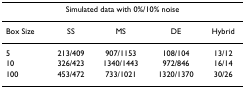
| <COLSPAN=5> Simulated data with 0%/10% noise |
 | --- | --- | --- | --- | --- |
 | Box Size | SS | MS | DE | Hybrid |
 | 5 | 213/409 | 907/1153 | 108/104 | 13/12 |
 | 10 | 326/423 | 1340/1443 | 972/846 | 16/14 |
 | 100 | 453/472 | 733/1021 | 1320/1370 | 30/26 |